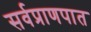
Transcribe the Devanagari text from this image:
सर्वप्राणपात